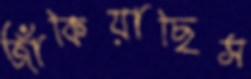
জাঁকিয়াছিস